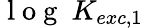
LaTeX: \mathrm{~l~o~g~}~K_{exc,1}